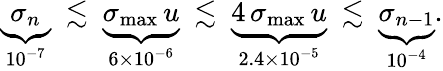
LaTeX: \begin{array}{r}{\underbrace{\sigma_{n}}_{10^{-7}}\ \lesssim\ \underbrace{\sigma_{\operatorname*{max}}\, u}_{6\times 10^{-6}}\ \lesssim\ \underbrace{4\, \sigma_{\operatorname*{max}}\, u}_{2.4\times 10^{-5}}\ \lesssim\ \underbrace{\sigma_{n-1}}_{10^{-4}}.}\end{array}